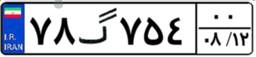
۷۸گ۷۵۴۰۰